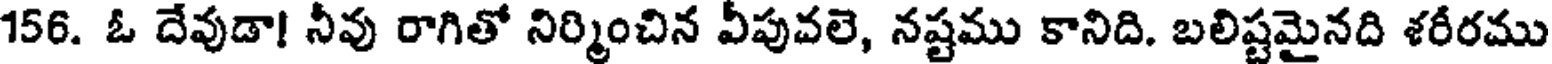
156. ఓ దేవుడా! నీవు రాగితో నిర్మించిన వీపువలె, నష్టము కానిది. బలిష్టమైనది శరీరము